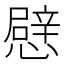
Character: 憵